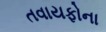
તવાયફોના